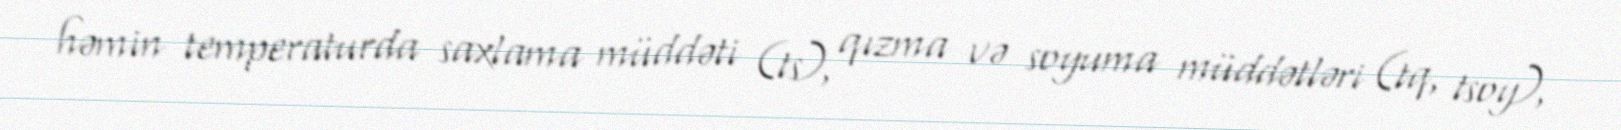
həmin temperaturda saxlama müddəti (ts), qızma və soyuma müddətləri (tq, tsoy),